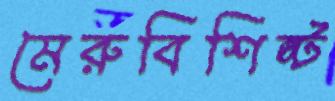
মেরুবিশিষ্ট